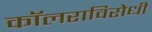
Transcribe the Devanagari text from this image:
कॉलराविरोधी